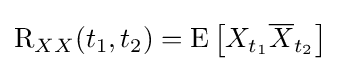
\operatorname {R} _{XX}(t_{1},t_{2})=\operatorname {E} \left[X_{t_{1}}{\overline {X}}_{t_{2}}\right]